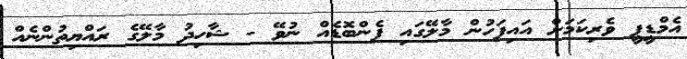
އެމްޑީޕީ ވެރިކަމަށް އައިފަހުން މާލޭގައި ފެންބޮޑެއް ނުވޭ - ޝާހިދު މާލޭގެ ރައްޔިތުންނެއް